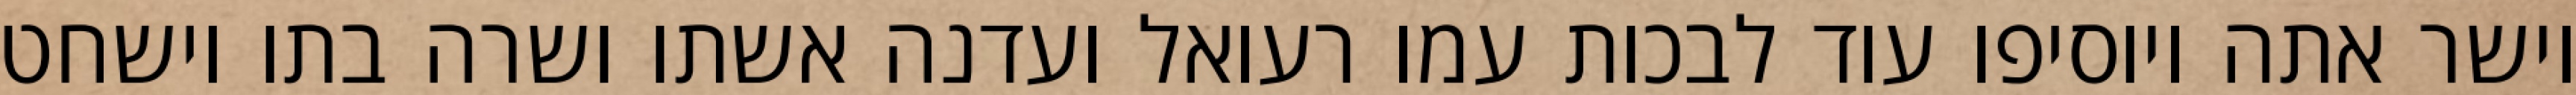
וישר אתה ויוסיפו עוד לבכות עמו רעואל ועדנה אשתו ושרה בתו וישחט